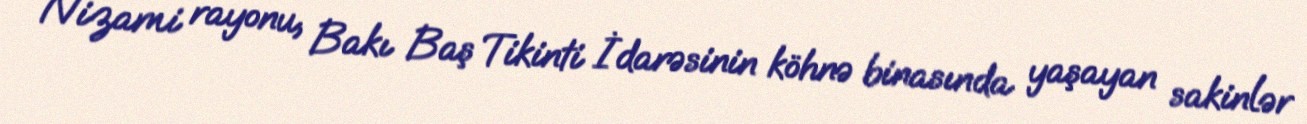
Nizami rayonu, Bakı Baş Tikinti İdarəsinin köhnə binasında yaşayan sakinlər